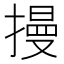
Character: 摱